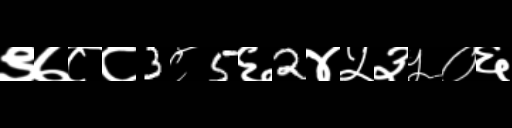
Text: ९७८८3८5६2४५३५०६